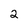
Character: 2